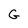
Character: G